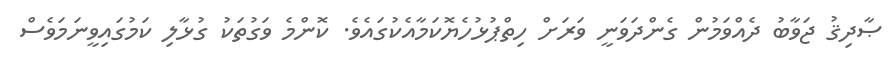
ޞާދިޤު ޖަވާބު ދެއްވަމުން ގެންދަވަނީ ވަރަށް ހިތްޕުޅުހެޔޮކަމާއެކުގައެވެ. ކޮންމެ ވަގުތަކު ގުޅާލި ކަމުގައިވީނަމަވެސް